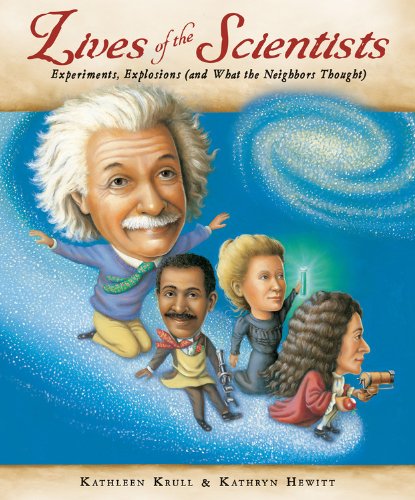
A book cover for Lives of the Scientists: Experiments, Explosions (and What the Neighbors Thought); Kathleen Krull; Children's Books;